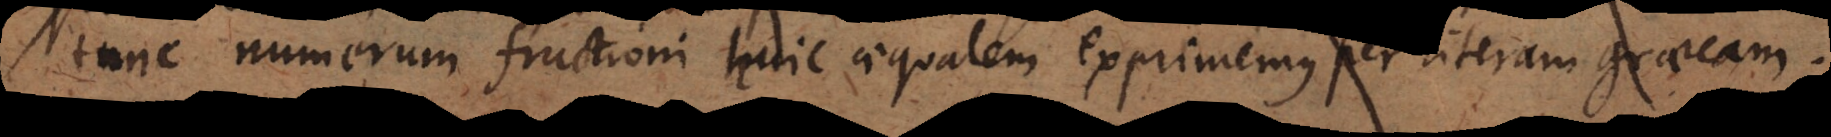
tunc numerum fractioni huic aequalem exprimemus per litera